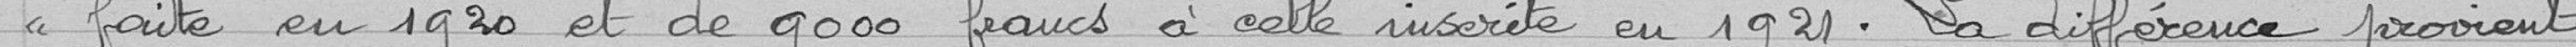
faite en 1920 et de 9.000 francs à celle inscrite en 1921. La différence provient